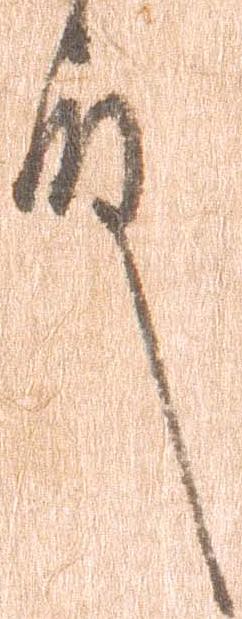
殿